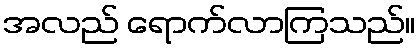
အလည် ရောက်လာကြသည်။